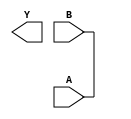
module MultipleDrivenExample(input A, input B, output Y);
  reg X;
  wire Z;

  // Multiple drivers for X
  always @(A or B)
    X <= A;
  
  always @(A or B)
    X <= B;
  
  // Valid assignment for Y
  always @(Z)
    Y = Z;
endmodule